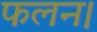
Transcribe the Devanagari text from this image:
फलन।